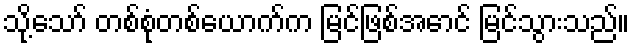
သို့သော် တစ်စုံတစ်ယောက်က မြင်ဖြစ်အောင် မြင်သွားသည်။